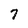
Character: 7